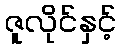
ဇူလိုင်နှင့်